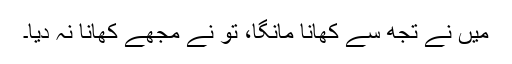
میں نے تجھ سے کھانا مانگا، تو نے مجھے کھانا نہ دیا۔